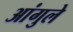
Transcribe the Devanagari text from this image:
आंगुले